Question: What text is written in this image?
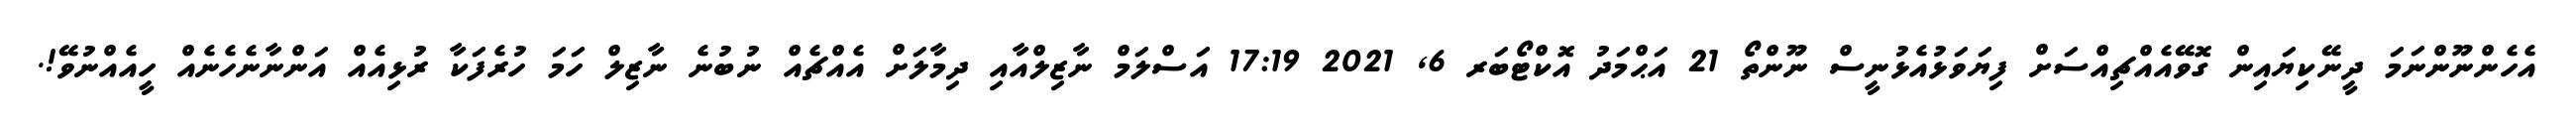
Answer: އެހެންނޫންނަމަ ދީނޭކިޔައިން ގޮވޭއެއްޗިއްސަށް ފިޔަވަޅުއެޅުނީސް ނޫންތޯ 21 އަޙްމަދު އޮކްޓޯބަރ 6, 2021 17:19 އަސްލަމް ނާޒިލްއާއި ދިމާލަށް އެއްޗެއް ނުބުނެ ނާޒިލް ހަމަ ހުރެފަކާ ރުޅިއެއް އަންނާނެހެނެއް ހީއެއްނުވޭ!.